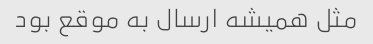
مثل همیشه ارسال به موقع بود